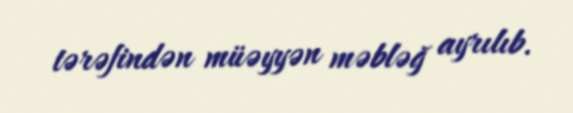
tərəfindən müəyyən məbləğ ayrılıb.